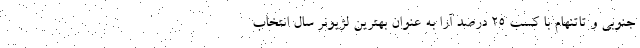
جنوبی و تاتنهام با کسب 25 درصد آرا به عنوان بهترین لژیونر سال انتخاب